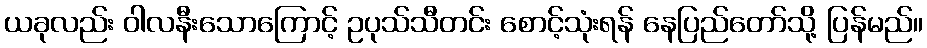
ယခုလည်း ဝါလနီးသောကြောင့် ဥပုသ်သီတင်း စောင့်သုံးရန် နေပြည်တော်သို့ ပြန်မည်။